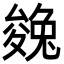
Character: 㕙